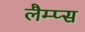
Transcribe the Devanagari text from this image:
लैम्प्स